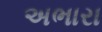
અભારા